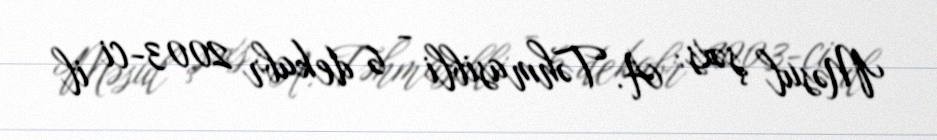
Məsul şəxs: A. Təhmasibli - 6 dekabr 2003-ci il